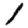
Digit: 1